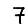
Digit: 7